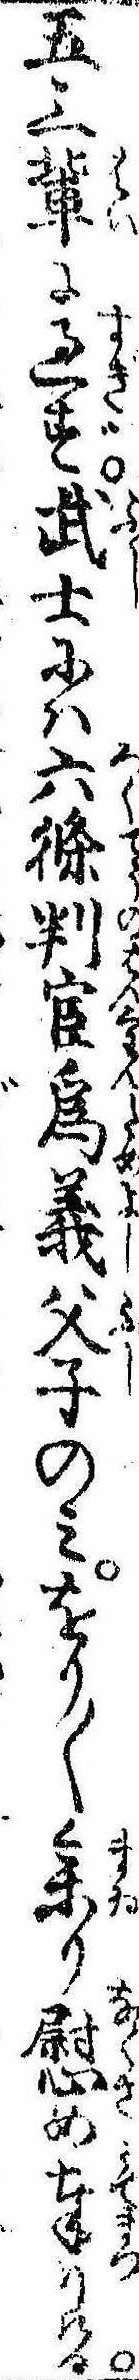
五三輩に過ず武士には六条判官為義父子のみをり〱参り慰め奉りける